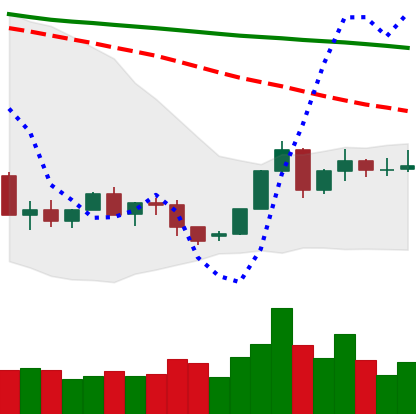
Ticker: XLM-USD
Chart end date: 2022-06-06
Forward return: -13.678%
Label: down_7plus